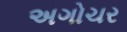
અગોચર